Annual report on the working of the mental hospitals in the Madras Presidency - 1912-1932
Year: 1912
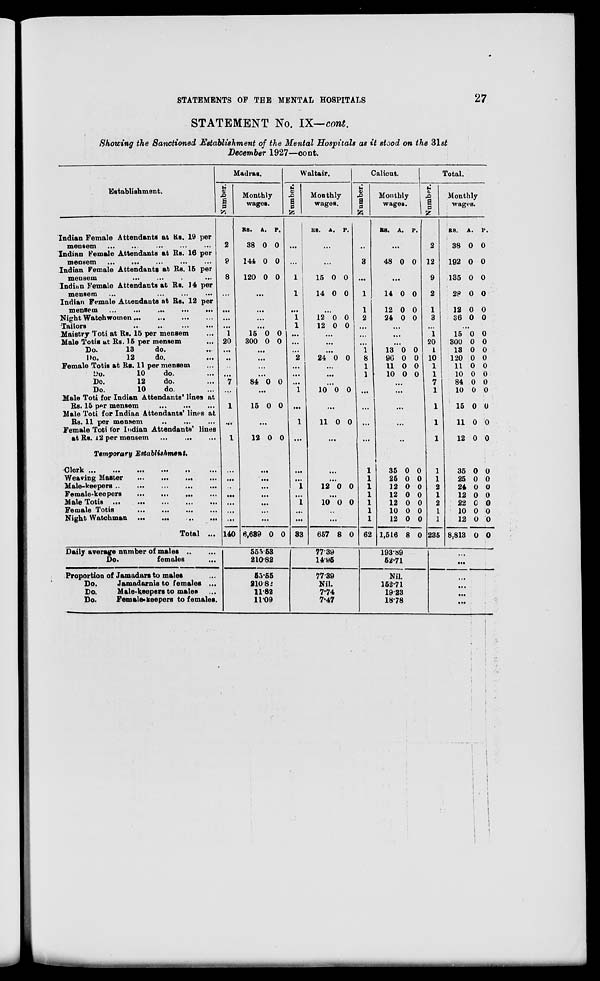
STATEMENTS OF THE MENTAL HOSPITALS
27
STATEMENT No. IX— cont.
Showing the Sanctioned Establishment of the Mental Hospitals as it stood on the 31st
December 1927—cont.
Establishment.
Indian Female Attendants at Rs. 19 per
mensem
...
...
...
...
...
Indian Female Attendants at Rs. 16 per
mensem
...
...
...
...
...
Indian Female Attendants at Rs. 15 per
mensem
...
...
...
...
Indian Female Attendants at Rs. 14 per
mensem
...
...
...
... ...
Indian Female Attendants at Rs. 12 per
mensem
...
...
...
...
...
Night Watchwomen
...
...
...
...
Tailors
...
...
... ...
Maistry Toti at Rs. 15 per mensem ...
Male Totis at Rs. 15 per mensem ...
Do.
13
do. ...
Do.
12
do. ...
Female Totis at Rs. 11 per mensem ...
Do.
10
do. ...
Do.
12
do. ...
Do.
10
do. ...
Male Toti for Indian Attendants' lines at
Rs. 15 per mensem
...
...
...
Male Toti for Indian Attendants' lines at
Rs. 11 per mensem
...
...
...
Female Toti for Indian Attendants' lines
at Rs. 12 per mensem ... ... ...
Temporary Establishment.
Clerk ...
...
...
...
...
...
Weaving Master
...
...
...
...
Male-keepers ... ...
...
...
...
Female-keepers
...
...
...
...
Male Totis ...
...
...
...
...
Female Totis
...
...
...
...
Night Watchman
...
...
...
...
Total ...
Daily average number of males
...
...
Do.
females ...
Proportion of Jamadars to males ...
Do.
Jamadarnis to females ...
Do.
Male-keepers to males ...
Do.
Female-keepers to females.
Madras.
Number.
2
9
8
...
...
...
...
1
20
...
...
...
...
7
...
1
...
1
...
...
...
...
...
...
...
140
Monthly
wages.
RS.
38
144
120
A.
0
0
0
P.
0
0
0
...
...
...
...
15
300
0
0
0
0
...
...
...
...
84 0 0
...
15 0 0
...
12
0 0
...
...
...
...
...
...
...
6,639 0 0
555 53
210.82
55.55
210.82
11.82
11.09
Waltair.
Number.
...
...
1
1
...
1
1
...
...
...
2
...
...
...
1
...
1
...
...
...
1
...
1
...
...
33
Monthly
wages.
RS.
A.
P.
...
...
15
14
0
0
0
0
...
12
12
0
0 0
0
...
...
...
24 0 0
...
...
...
10 0 0
...
11 0 0
...
...
...
12 0 0
...
10 0 0
...
...
657 8 0
77.39
14.95
77.39
Nil.
7.74
7.47
Calicut.
Number.
...
3
...
1
1
2
...
...
...
1
8
1
1
...
...
...
...
...
1
1
1
1
1
1
1
62
Monthly
wages.
RS.
A. P.
...
48 0 0
...
14
12
24
0
0
0
0
0
0
...
...
...
13
96
11
10
0
0
0
0
0
0
0
0
...
...
...
...
...
35
25
12
12
12
10
12
1,516
0
0
0
0
0
0
0
8
0
0
0
0
0
0
0
0
193.89
52.71
Nil.
152.71
19.23
18.78
Total.
Number.
2
12
9
2
1
3
...
1
20
1
10
1
1
7
1
1
1
1
1
1
2
1
2
1
1
235
Monthly
wages.
RS.
38
192
135
28
12
36
A.
0
0
0
0
0
0
P.
0
0
0
0
0
0
...
15
300
13
120
11
10
84
10
15
11
12
35
25
24
12
22
10
12
8,813
0
0
0
0
0
0
0
0
0
0
0
0
0
0
0
0
0
0
0
0
0
0
0
0
0
0
0
0
0
0
0
0
0
0
0
0
0
0
...
...
...
...
...
...